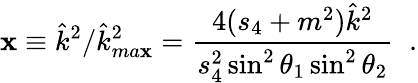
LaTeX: \mathbf{x}\equiv\hat{{k}}^{2}/\hat{{k}}_{ma\mathbf{x}}^{2}=\frac{{4(s_{4}+m^{2})\hat{{k}}^{2}}}{{s_{4}^{2}\sin^{2}\theta_{1}\sin^{2}\theta_{2}}}\; \; .